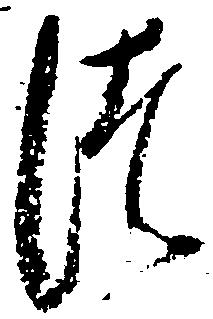
つ